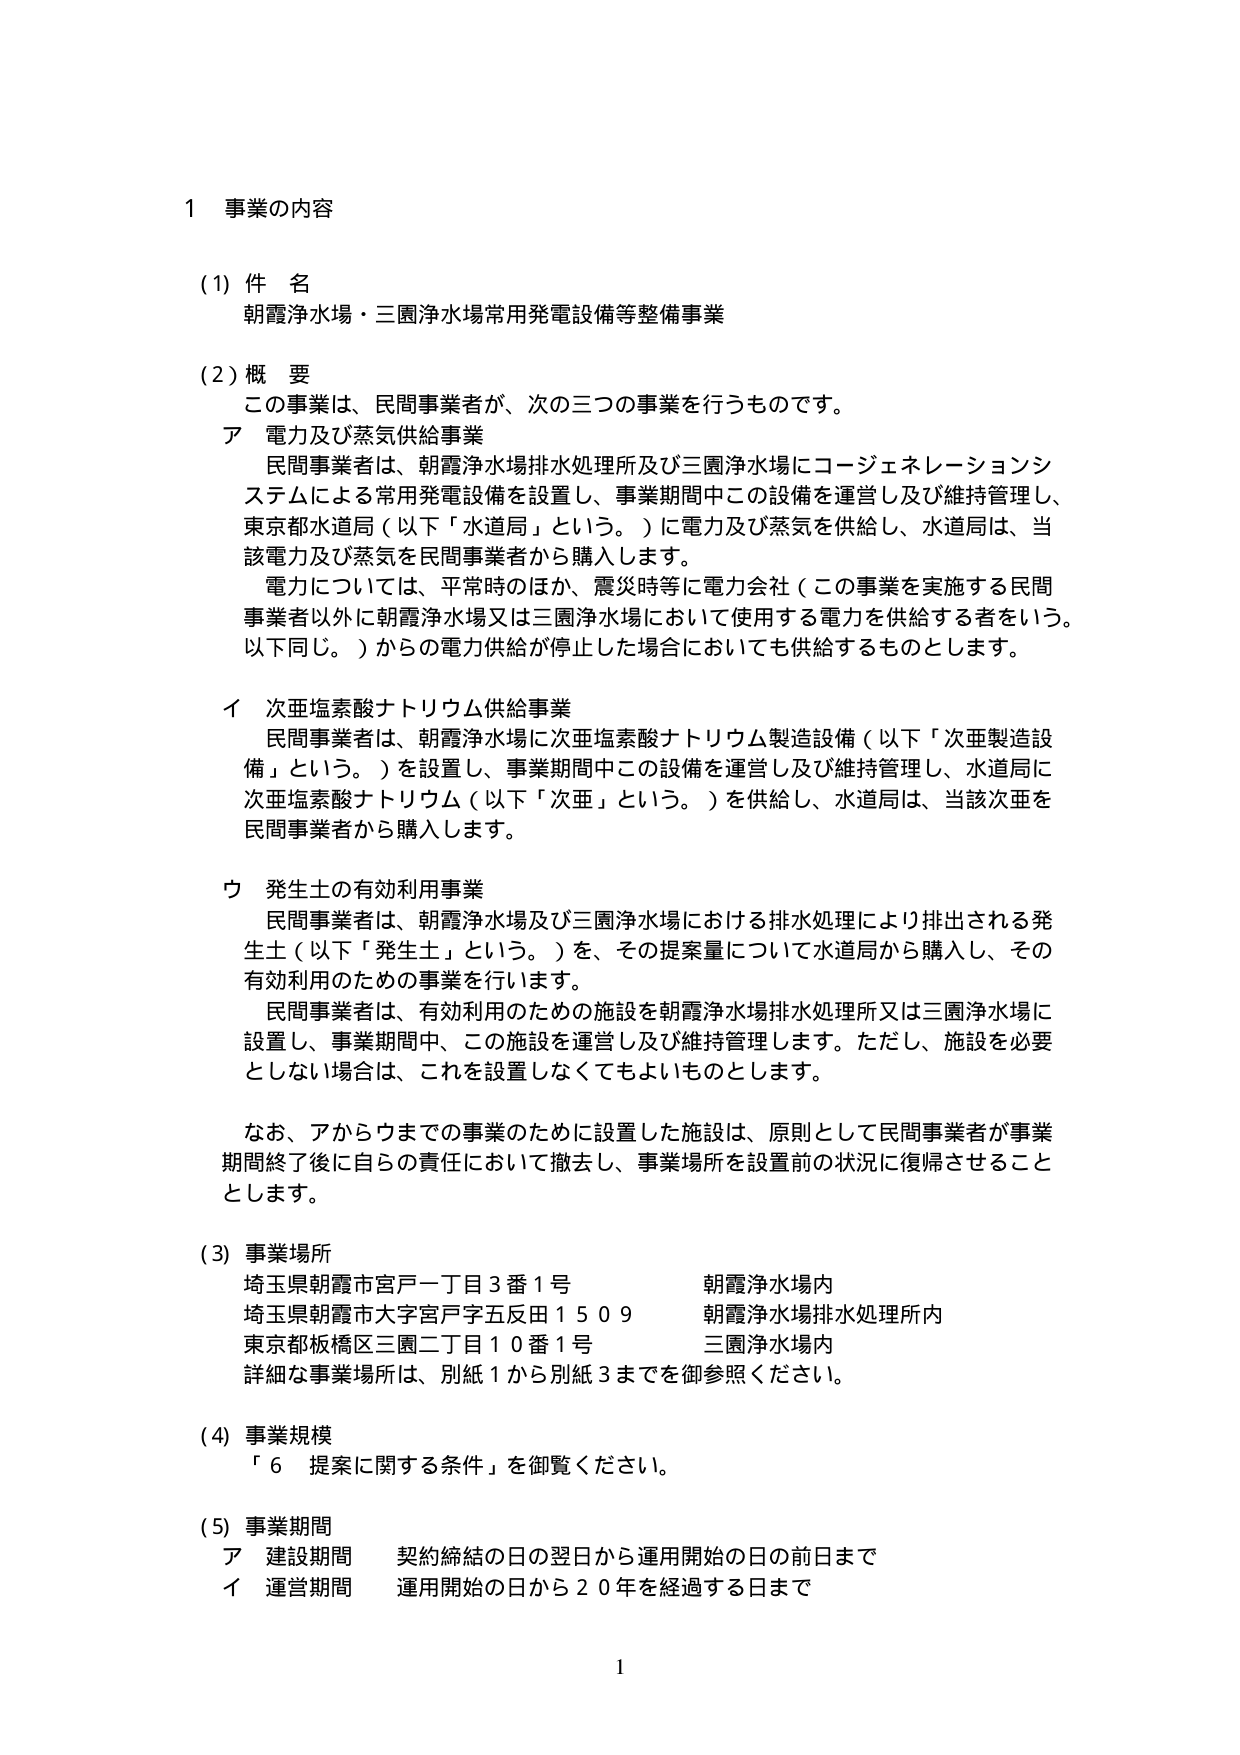
1 事業の内容

(1) 件 名
朝霞浄水場・三園浄水場常用発電設備等整備事業

(2) 概 要
この事業は、民間事業者が、次の三つの事業を行うものです。
ア 電力及び蒸気供給事業
民間事業者は、朝霞浄水場排水処理所及び三園浄水場にコージェネレーションシステムによる常用発電設備を設置し、事業期間中この設備を運営し及び維持管理し、東京都水道局（以下「水道局」という。）に電力及び蒸気を供給し、水道局は、当該電力及び蒸気を民間事業者から購入します。
電力については、平常時のほか、震災時等に電力会社（この事業を実施する民間事業者以外に朝霞浄水場又は三園浄水場において使用する電力を供給する者をいう。以下同じ。）からの電力供給が停止した場合においても供給するものとします。

イ 次亜塩素酸ナトリウム供給事業
民間事業者は、朝霞浄水場に次亜塩素酸ナトリウム製造設備（以下「次亜製造設備」という。）を設置し、事業期間中この設備を運営し及び維持管理し、水道局に次亜塩素酸ナトリウム（以下「次亜」という。）を供給し、水道局は、当該次亜を民間事業者から購入します。

ウ 発生土の有効利用事業
民間事業者は、朝霞浄水場及び三園浄水場における排水処理により排出される発生土（以下「発生土」という。）を、その提案量について水道局から購入し、その有効利用のための事業を行います。
民間事業者は、有効利用のための施設を朝霞浄水場排水処理所又は三園浄水場に設置し、事業期間中、この施設を運営し及び維持管理します。ただし、施設を必要としない場合は、これを設置しなくてもよいものとします。

なお、アからウまでの事業のために設置した施設は、原則として民間事業者が事業期間終了後に自らの責任において撤去し、事業場所を設置前の状況に復帰させることとします。

(3) 事業場所
埼玉県朝霞市宮戸一丁目3番1号 朝霞浄水場内
埼玉県朝霞市大字宮戸字五反田1509 朝霞浄水場排水処理所内
東京都板橋区三園二丁目10番1号 三園浄水場内
詳細な事業場所は、別紙1から別紙3までを御参照ください。

(4) 事業規模
「6 提案に関する条件」を御覧ください。

(5) 事業期間
ア 建設期間 契約締結の日の翌日から運用開始の日の前日まで
イ 運営期間 運用開始の日から20年を経過する日まで

1